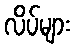
လိပ်များ